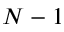
N - 1